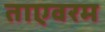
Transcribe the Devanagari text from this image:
ताएवरम